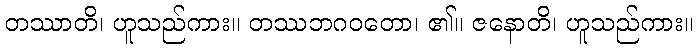
တဿာတိ၊ ဟူသည်ကား။ တဿဘဂဝတော၊ ၏။ ဇနောတိ၊ ဟူသည်ကား။